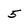
Character: 5